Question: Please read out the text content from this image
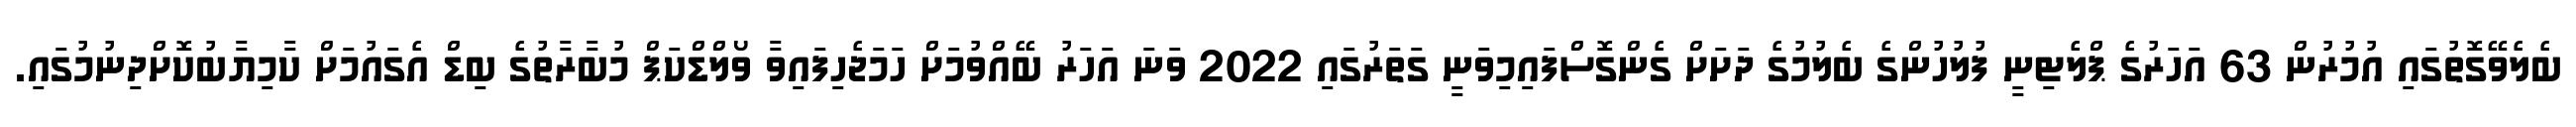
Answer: ބެލެވޭގޮތުގައި އުމުރުން 63 އަހަރުގެ ޕްލެޓިނީ ފުލުހުންގެ ބެލުމުގެ ދަށަށް ގެންގޮސްފައިމިވަނީ ގަތަރުގައި 2022 ވަނަ އަހަރު ބޭއްވުމަށް ހަމަޖެހިފައިވާ ވޯލްޑްކަޕް މުބާރާތުގެ ބިޑް އެގައުމަށް ކާމިޔާބުކޮށްދިނުމުގައި.